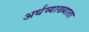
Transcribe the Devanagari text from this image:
अर्धव्याख्याता